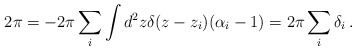
\begin{align*}2\pi = - 2\pi \sum_i \int d^2 z \delta(z-z_i)(\alpha_i-1) = 2\pi\sum_i\delta_i \, .\end{align*}